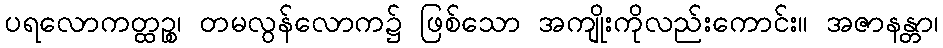
ပရလောကတ္ထဉ္စ၊ တမလွန်လောက၌ ဖြစ်သော အကျိုးကိုလည်းကောင်း။ အဇာနန္တာ၊